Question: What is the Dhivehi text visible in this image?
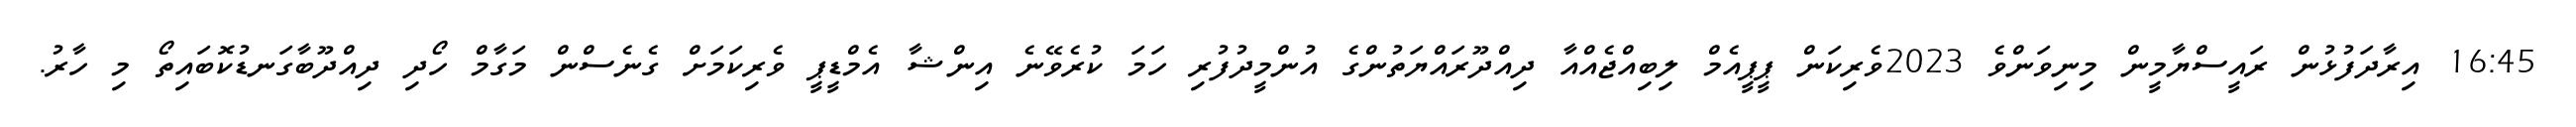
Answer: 16:45 އިރާދަފުޅުން ރައީސްޔާމީން މިނިވަންވެ 2023ވެރިކަން ޕީޕީއެމް ލިބިއްޖެއްއާ ދިއްދޫރައްޔަތުންގެ އުންމީދުފުރި ހަމަ ކުރެވޭނެ އިންޝާ އެމްޑީޕީ ވެރިކަމަށް ގެނެސްން މަގާމް ހޯދި ދިއްދޫބާގަނޑުކޮބައިތޯ މި ހާރު.